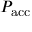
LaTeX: P _ { \mathrm { a c c } }